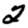
Digit: 2